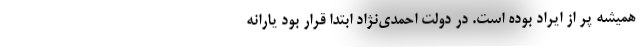
همیشه پر از ایراد بوده است. در دولت احمدی‌نژاد ابتدا قرار بود یارانه